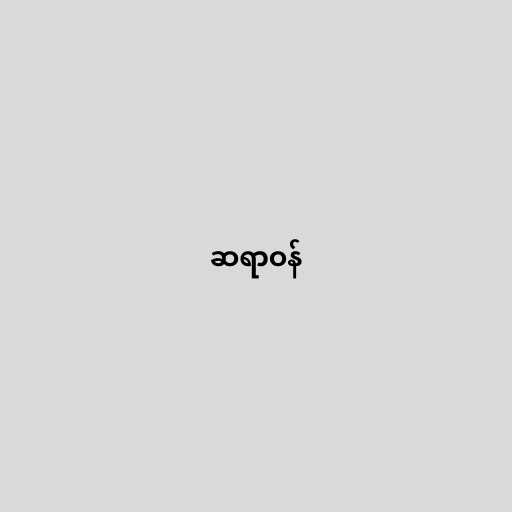
ဆရာဝန်